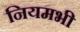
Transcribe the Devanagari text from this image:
नियमभी